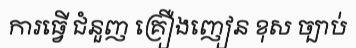
ការធ្វើ ជំនួញ គ្រឿងញៀន ខុស ច្បាប់